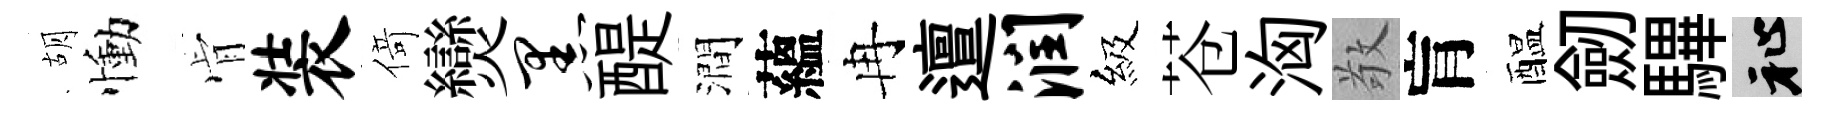
胡慟肻装𠋣𤓖黑醍澗蘊冉邅润級苍洶敬肓醖劒驆祉